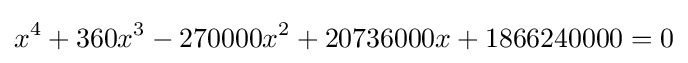
x^{4}+360x^{3}-270000x^{2}+20736000x+1866240000=0